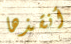
أنقذها